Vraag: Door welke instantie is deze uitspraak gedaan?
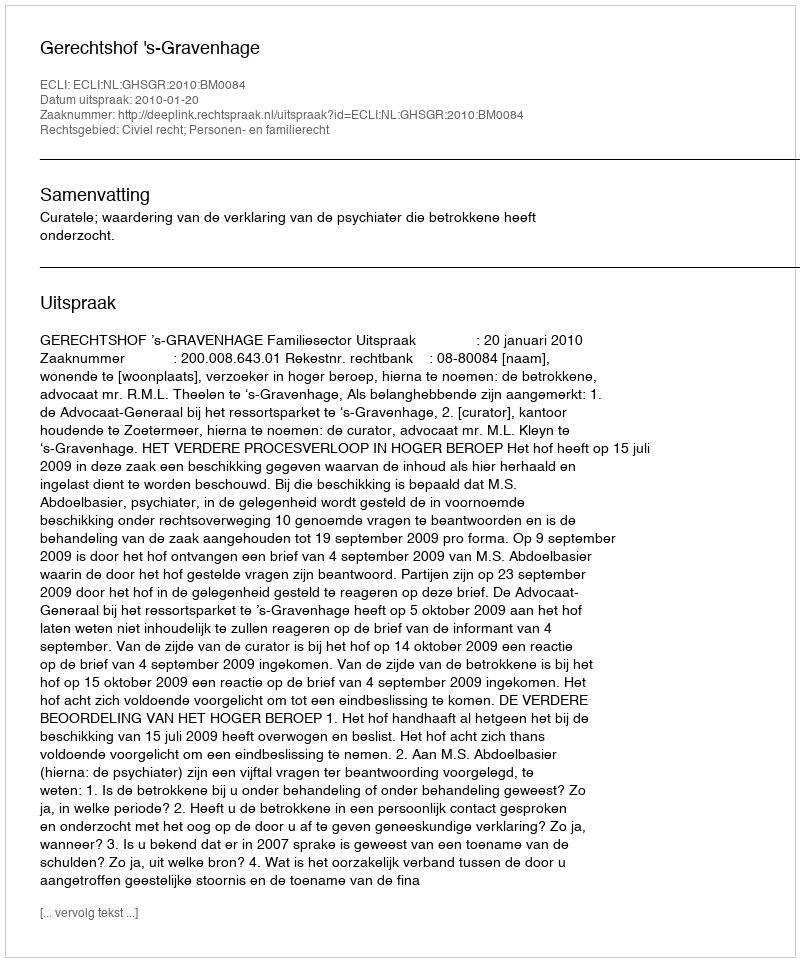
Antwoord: Gerechtshof 's-Gravenhage